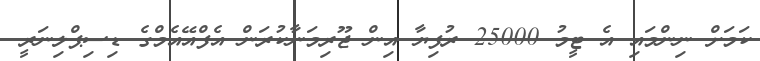
ކަމަށް ނިންމައި އެ ޓީމު 25000 ރުފިޔާ އިން ޖޫރިމަނާކުރަން އެފްއޭއެމްގެ ޑިސިޕްލިނަރީ